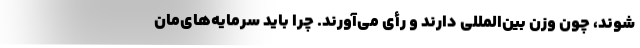
شوند، چون وزن بین‌المللی دارند و رأی می‌آورند. چرا باید سرمایه‌های‌مان